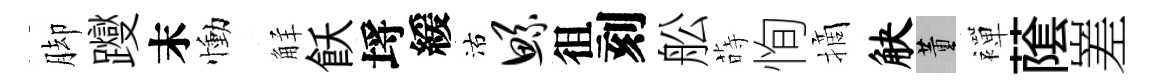
脚躞末慟觧飫埓緩沽鲧徂刻舩蒔恂摘觖董襌䕃嵳